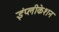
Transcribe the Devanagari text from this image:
इंप्लीकेशन